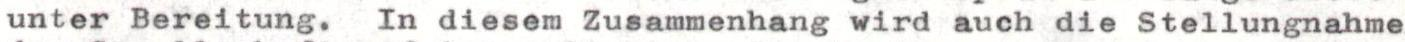
unter Bereitung. In diesem Zusammenhang wird auch die Stellungnahme